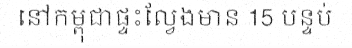
នៅកម្ពុជាផ្ទះល្វែងមាន 15 បន្ទប់